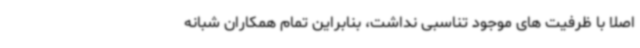
اصلا با ظرفیت های موجود تناسبی نداشت، بنابراین تمام همکاران شبانه